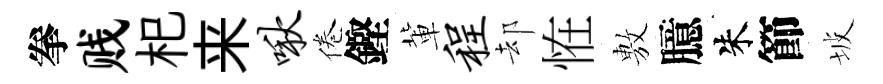
拳贱𣏌来啾倦鏗軰程却恠𢾾臆朱節坡